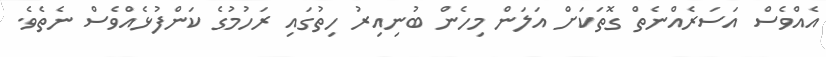
އެއްވެސް އަސަރެއްނެތް ގޮތަކަށް އަލަން މިހެން ބުނިއިރު ހިތުގައި ރަހުމުގެ ކަންފުޅެއްވެސް ނެތެވެ.